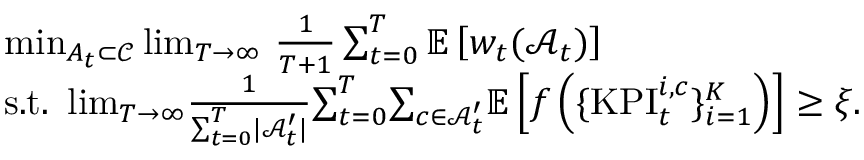
\begin{array} { r l } & { \operatorname* { m i n } _ { A _ { t } \subset \mathcal C } \operatorname* { l i m } _ { T \rightarrow \infty } \, \frac { 1 } { T + 1 } \sum _ { t = 0 } ^ { T } \mathbb E \left[ w _ { t } ( \mathcal A _ { t } ) \right] } \\ & { \mathrm { s . t . } \ \operatorname* { l i m } _ { T \rightarrow \infty } \! \frac { 1 } { \sum _ { t = 0 } ^ { T } \! | \mathcal A _ { t } ^ { \prime } | } \! \sum _ { t = 0 } ^ { T } \! \sum _ { c \in \mathcal A _ { t } ^ { \prime } } \! \mathbb E \left[ f \left( \{ \mathrm { K P I } _ { t } ^ { i , c } \} _ { i = 1 } ^ { K } \right) \right] \ge \xi . } \end{array}